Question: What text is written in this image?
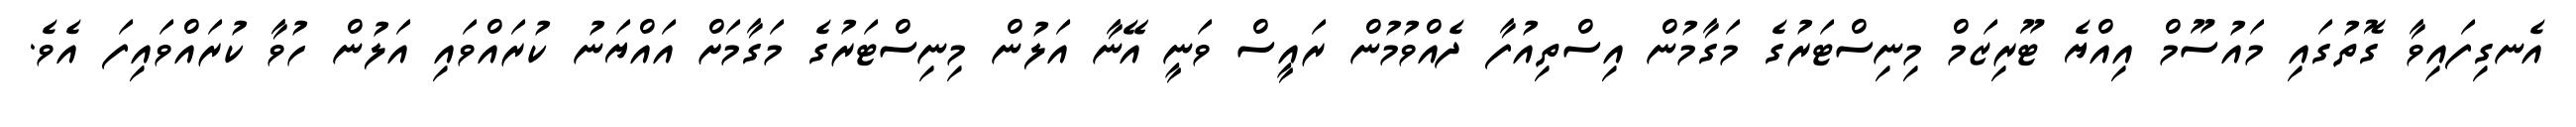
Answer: އެނގިފައިވާ ގޮތުގައި މައުސޫމް އިއްޔެ ޓޫރިޒަމް މިނިސްޓަރުގެ މަގާމުން އިސްތިއުފާ ދެއްވުމުން ރައީސް ވަނީ އޭނާ އަލުން މިނިސްޓަރުގެ މަގާމަށް އައްޔަނު ކުރައްވައި އަލުން ހުވާ ކުރައްވައިފަ އެވެ.